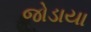
જોડાયા